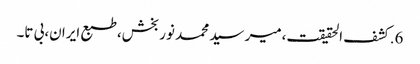
6.	کشف الحقیقت،میر سید محمد نوربخش،طبع ایران،بی تا۔